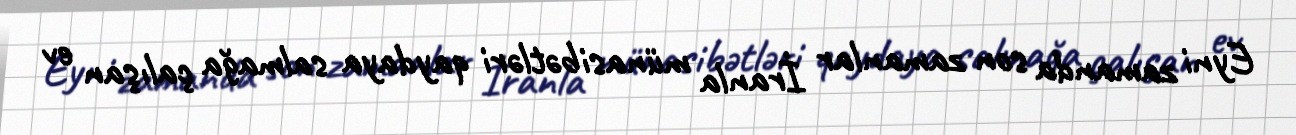
Eyni zamanda son zamanlar İranla münasibətləri qaydaya salmağa çalışan ev